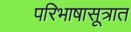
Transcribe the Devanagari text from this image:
परिभाषासूत्रात